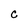
Character: C